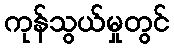
ကုန်သွယ်မှုတွင်